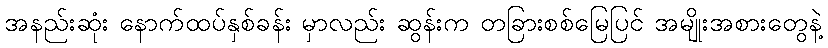
အနည်းဆုံး နောက်ထပ်နှစ်ခန်း မှာလည်း ဆွန်းက တခြားစစ်မြေပြင် အမျိုးအစားတွေနဲ့